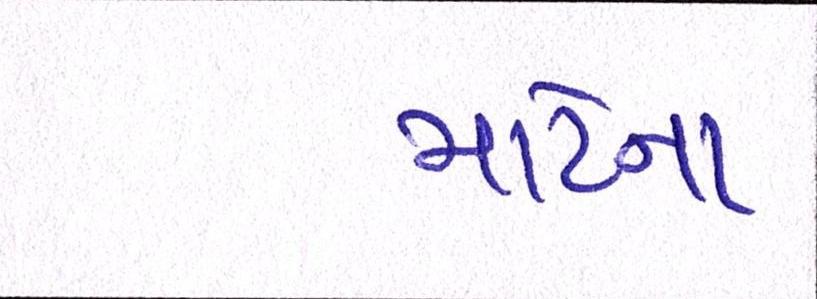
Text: માટેના